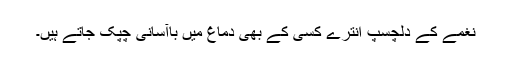
نغمے کے دلچسپ انترے کسی کے بھی دماغ میں باآسانی چپک جاتے ہیں۔